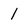
Character: 1